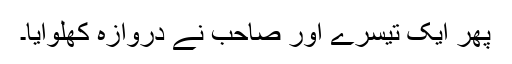
پھر ایک تیسرے اور صاحب نے دروازہ کھلوایا۔